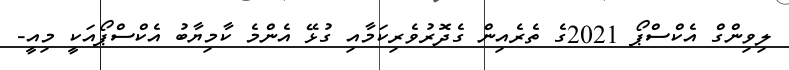
ލިވިންގް އެކްސްޕޯ 2021ގެ ތެރެއިން ގެދޮރުވެރިކަމާއި ގުޅޭ އެންމެ ކާމިޔާބު އެކްސްޕޯއަކީ މިއީ-